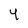
Character: 4